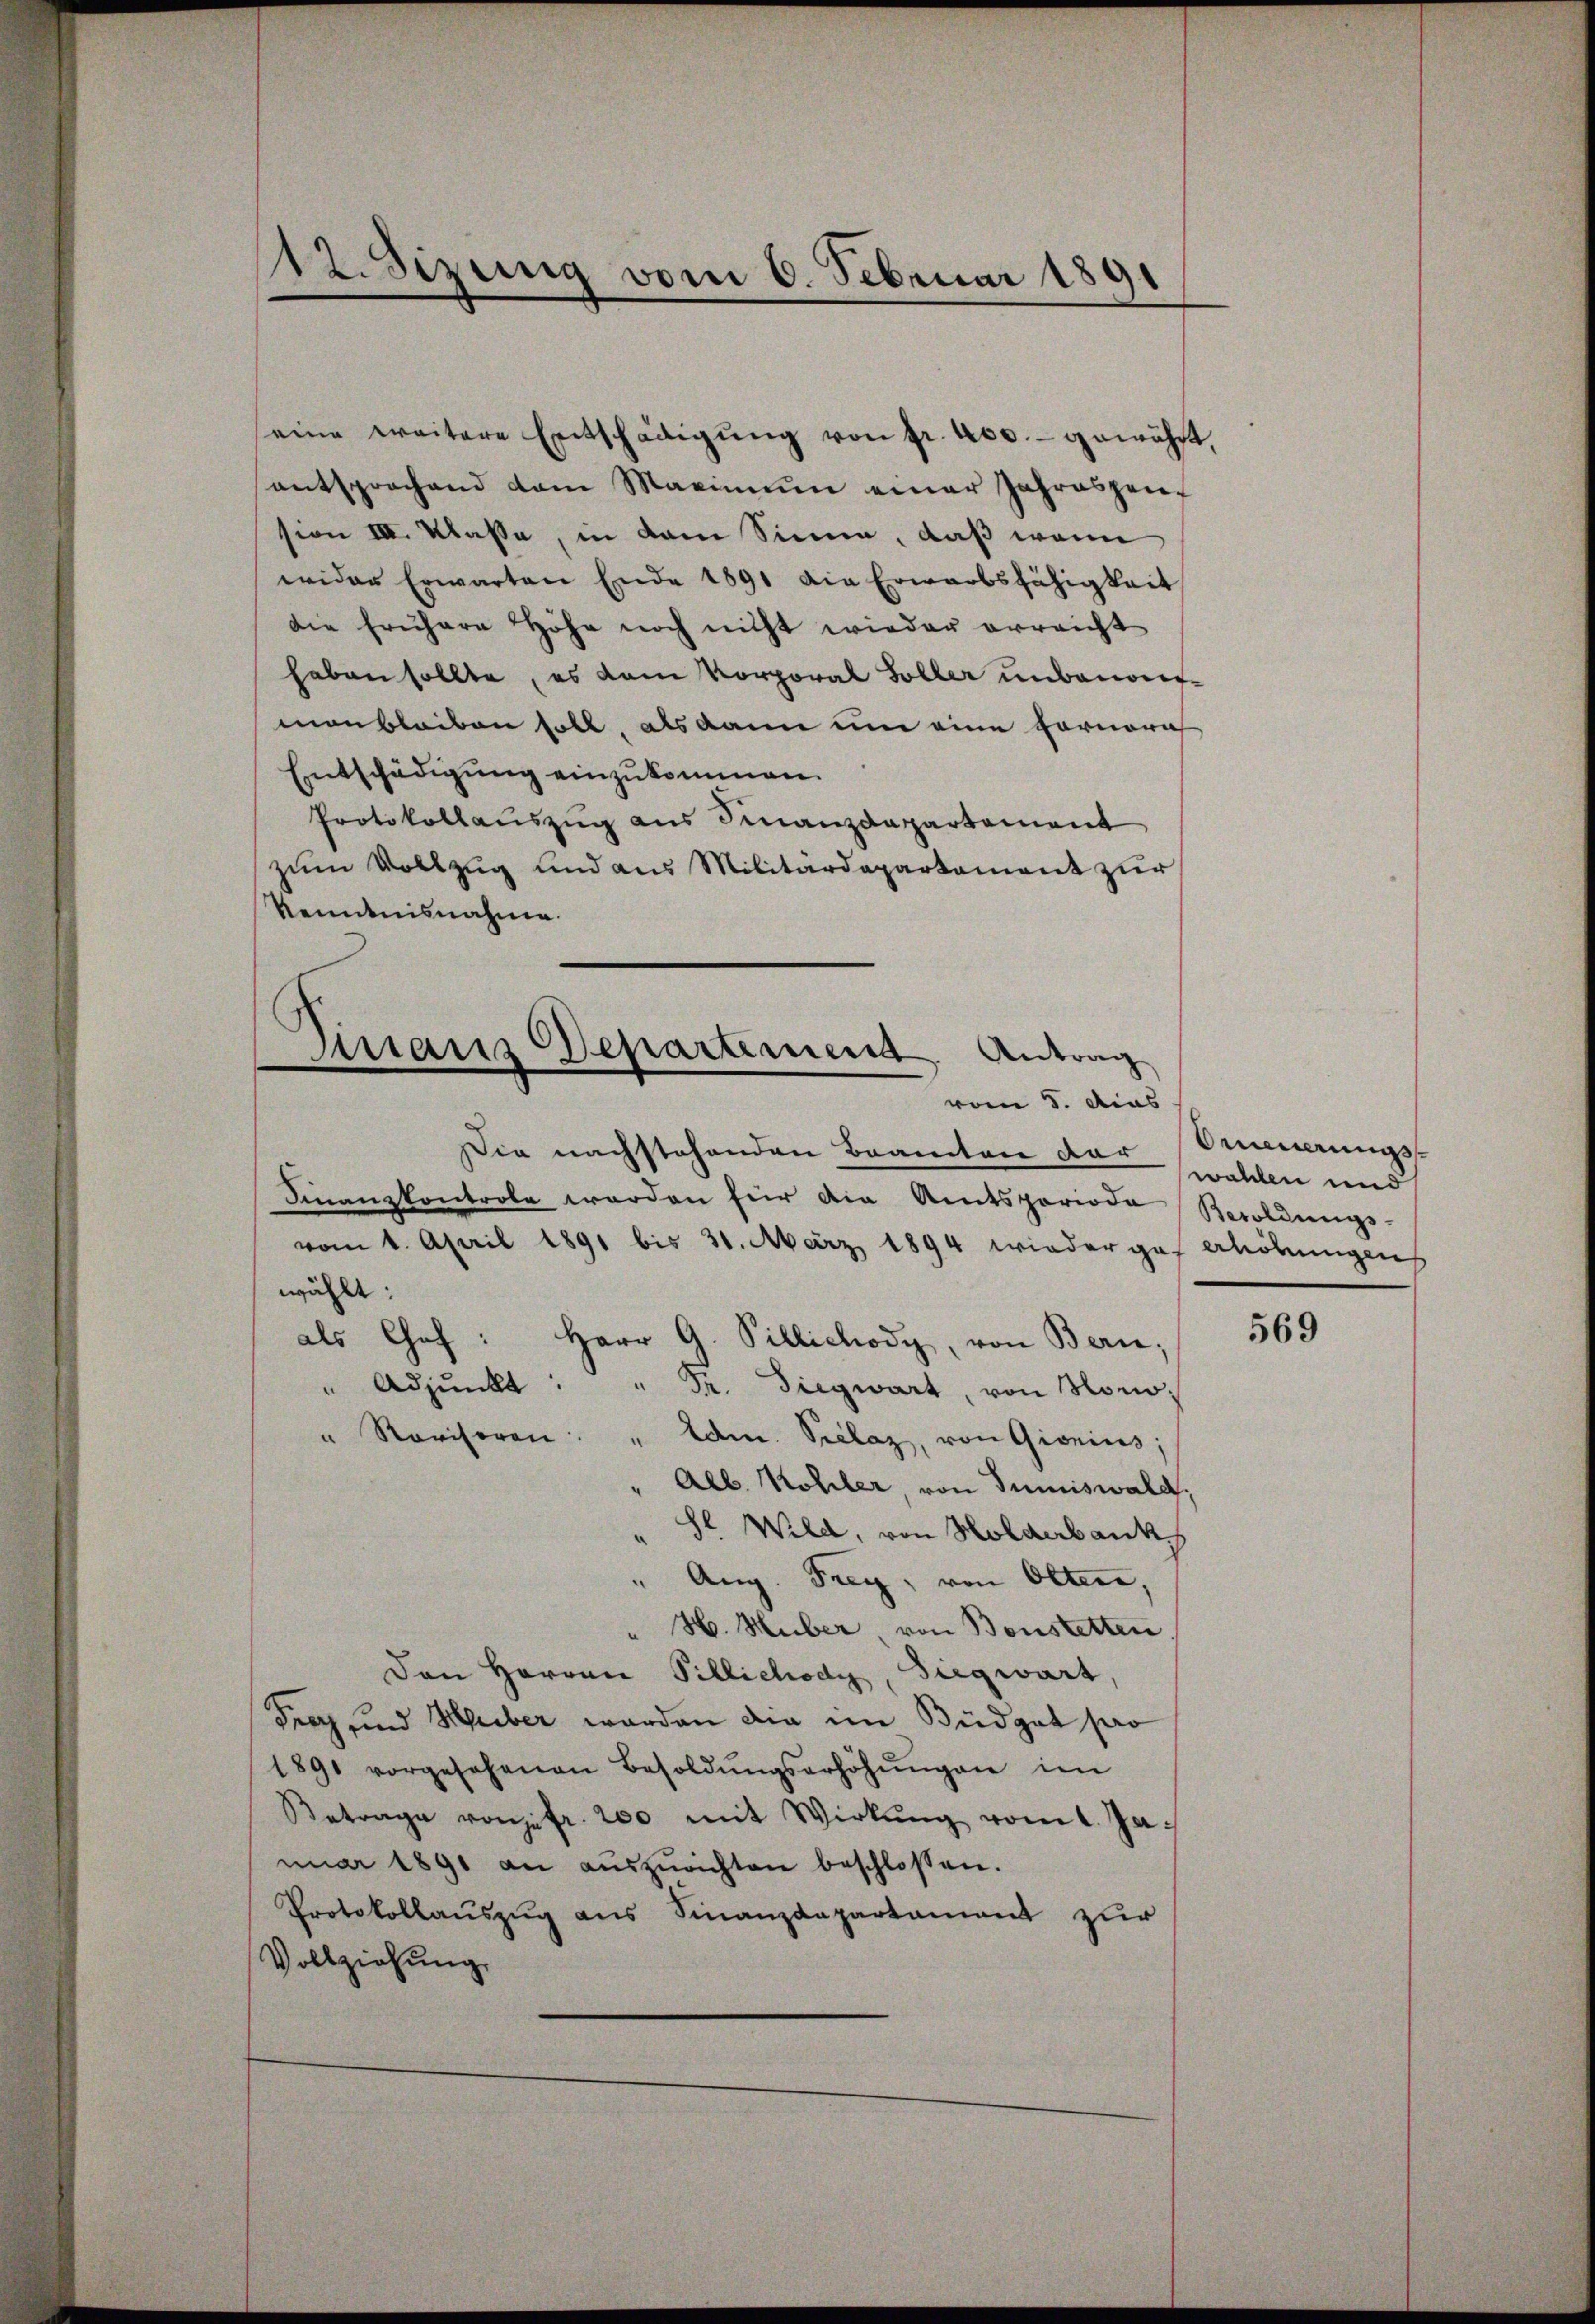
12. Sizung vom 6. Februar 1891

seine weitere Entschädigŭng von fr. 400.- gewährt,
entsprochend dem Maximum einer Jahrespension III. Klasse, in dem Sinne, daß wenn
wider Erwarten Ende 1891 die Erwarbsfähigkeit
die frühere Höhe noch nicht wieder erreicht
haben sollte, es kam Korporal Soller unbenormanbleiben soll, als dann um eine Fornora
Entschädigung einzukommen.
Protokollauszug aus Finanzdepartement
zum Vollzug und aus Militärdepartement zur
Kenntnisnahme.

Finans Departement Antrag
vom 8. das

Die nachstehenden Beamten der wahlen und
Finanzkontrole werden für die Amtsperiode Resoldungs-
vom 1. April 1891 bis 31. März 1894 wiedergef Ahöhŭngen
wählt:
als Chef: Herr G. Pillichody, von Bern.
" Adjunkt: " Fr. Siegwart, von Hono-
" Rovisoren: " Edm. Vielaz, von Giorins;
" Alb. Kohler, von Tuniswald,
Sl Wild, von Holderbank,
" Aug. Frey, von Olten,
" H. Huber, von Bonstetten
Den Herren Pillichody, Siegwart,
Frey, und Huber werden die im Büdget pro
1891 vorgesehenen Besoldŭngserhöhŭngen im
Betrage von fr. 200 mit Wirkŭng vom 1. Ja
nŭar 1891 an aŭszŭrichten beschlossen.
Protokollaŭszŭg ans Finanzdepartament zur
Vollziehung,

Orneuerungs

569